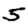
Digit: 5